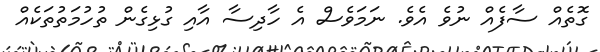
ގޮތެއް ސާފެއް ނުވެ އެވެ. ނަމަވެސް އެ ހާދިސާ އާއި ގުޅިގެން ތުހުމަތުތަކެއް